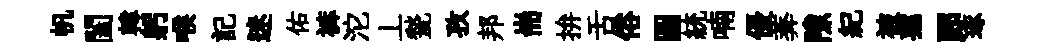
帆闔韓躬喉記迷佑裤沱丄甃孜邦耑拚舌俗圖統喃優莾隙紀被孺郎琢